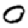
Digit: 0